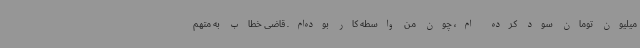
میلیون تومان سود کرده ام، چون من واسطه کار بوده‌ام. قاضی خطاب به متهم